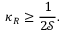
\kappa _ { R } \geq \frac { 1 } { 2 \mathscr { S } } .